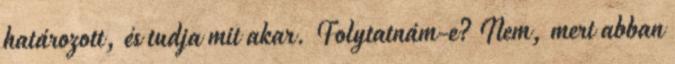
határozott, és tudja mit akar. Folytatnám-e? Nem, mert abban